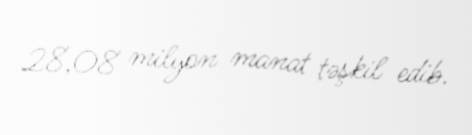
28,08 milyon manat təşkil edib.